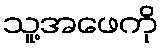
သူ့အဖေကို